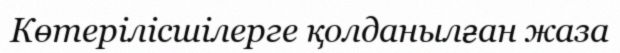
Көтерілісшілерге қолданылған жаза